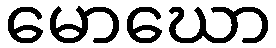
မောဃော